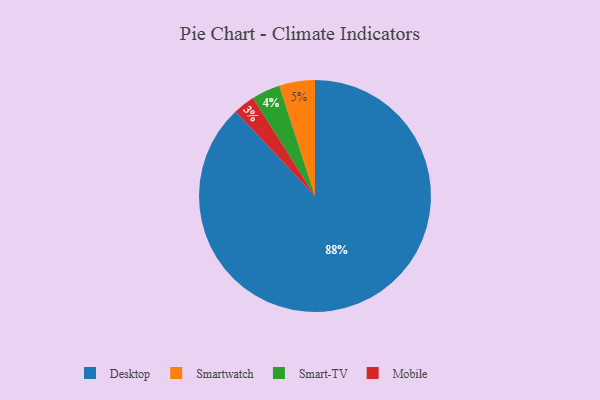
{"axis": {"x": "Category", "y": "Percentage"}, "legend": ["Desktop", "Mobile", "Smart-TV", "Smartwatch"], "data": [{"x": "Smartwatch", "y": 5, "type": "Smartwatch"}, {"x": "Smart-TV", "y": 4, "type": "Smart-TV"}, {"x": "Mobile", "y": 3, "type": "Mobile"}, {"x": "Desktop", "y": 88, "type": "Desktop"}]}